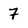
Character: 7